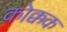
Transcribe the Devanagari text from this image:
कोक्कक